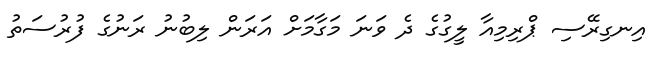
އިނގިރޭސި ޕްރިމިއާ ލީގުގެ ދެ ވަނަ މަގާމަށް އަރަން ލިބުނު ރަނުގެ ފުރުސަތު